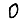
Digit: 0